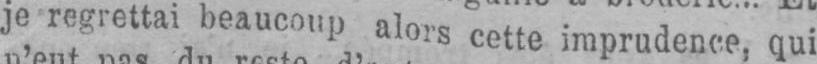
je regrettai beaucoup alors cette imprudence, qui